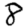
Digit: 8